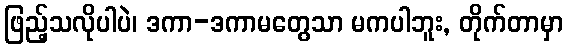
ဖြည့်သလိုပါပဲ၊ ဒကာ-ဒကာမတွေသာ မကပါဘူး, တိုက်တာမှာ